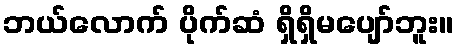
ဘယ်လောက် ပိုက်ဆံ ရှိရှိမပျော်ဘူး။